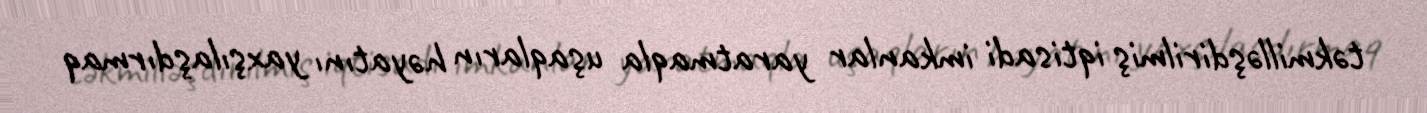
təkmilləşdirilmiş iqtisadi imkanlar yaratmaqla uşaqların həyatını yaxşılaşdırmaq